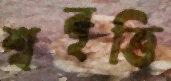
শ্ববৃত্তি